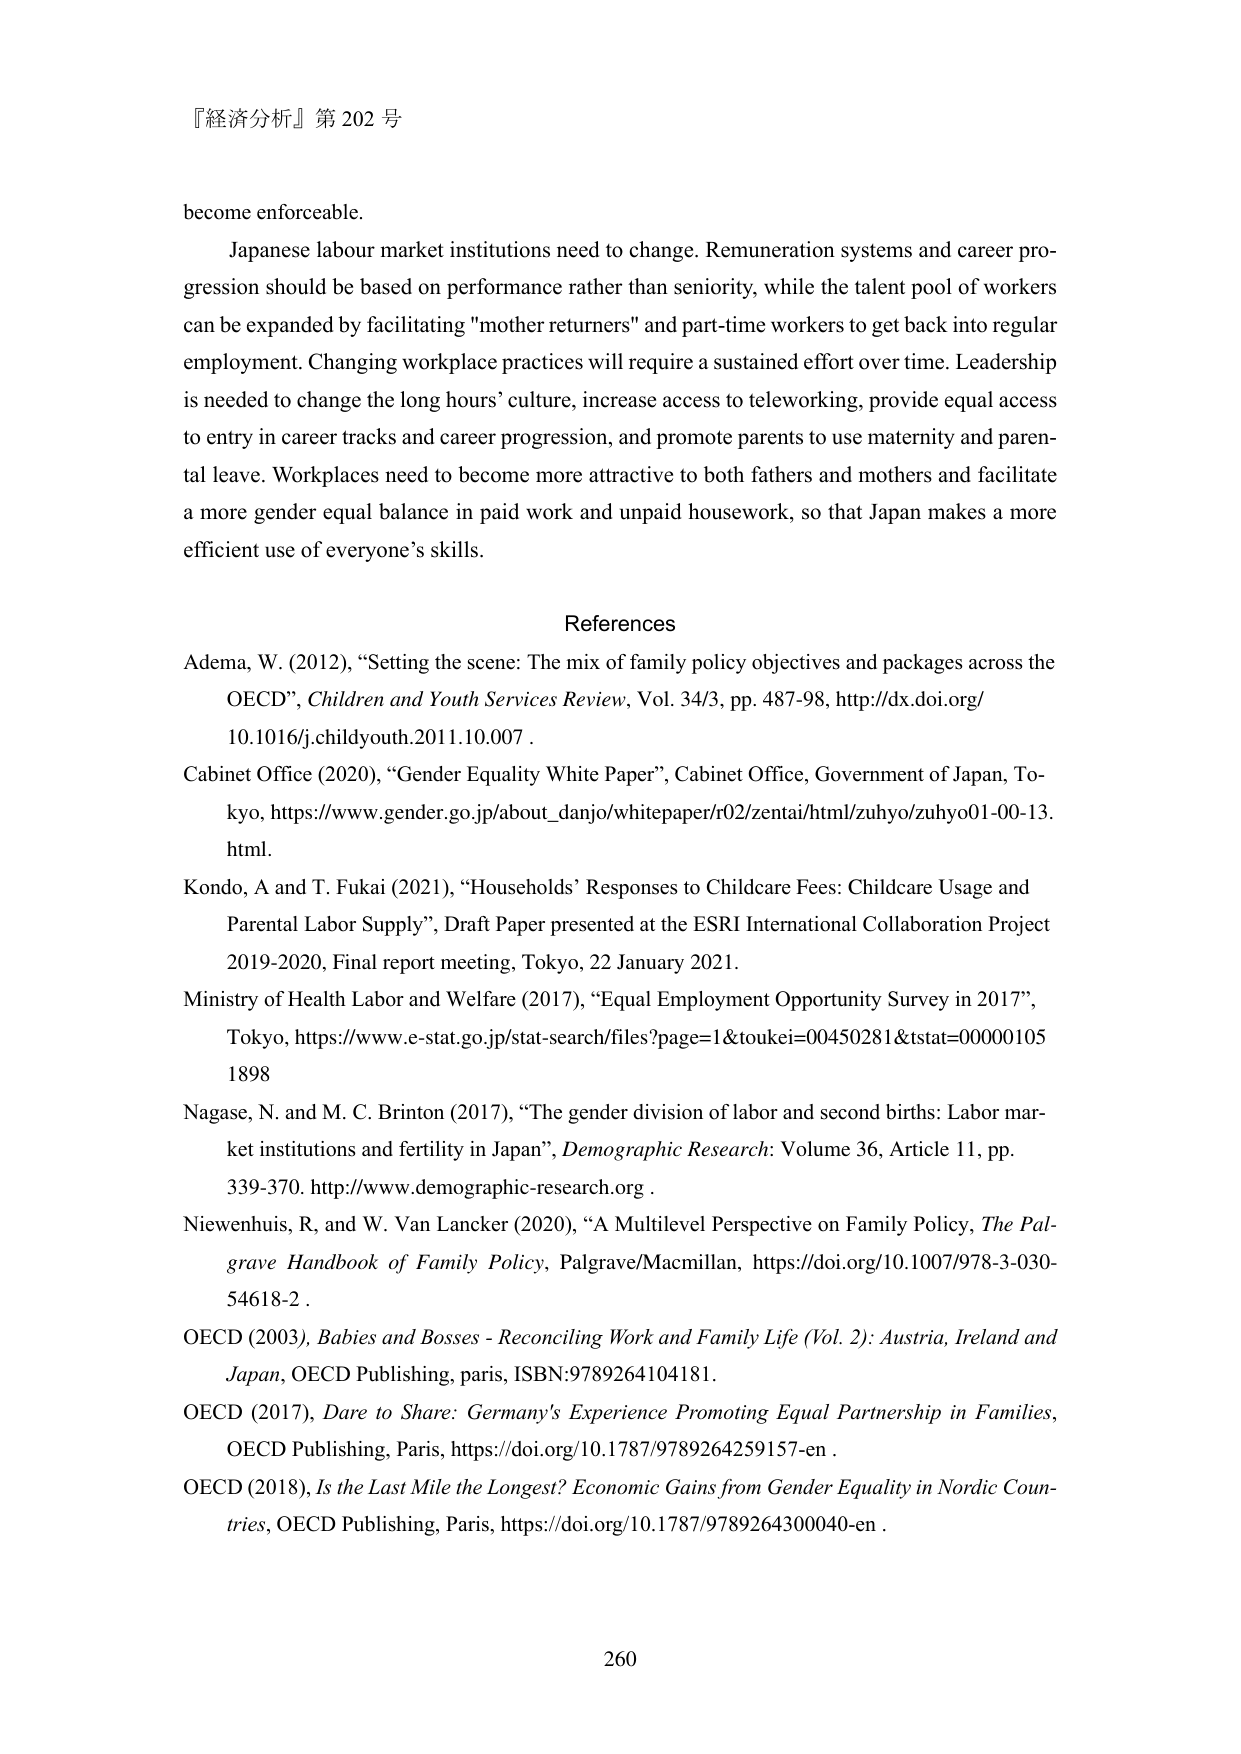
『経済分析』第 202 号

become enforceable.

Japanese labour market institutions need to change. Remuneration systems and career progression should be based on performance rather than seniority, while the talent pool of workers can be expanded by facilitating "mother returners" and part-time workers to get back into regular employment. Changing workplace practices will require a sustained effort over time. Leadership is needed to change the long hours’ culture, increase access to teleworking, provide equal access to entry in career tracks and career progression, and promote parents to use maternity and parental leave. Workplaces need to become more attractive to both fathers and mothers and facilitate a more gender equal balance in paid work and unpaid housework, so that Japan makes a more efficient use of everyone’s skills.

References

Adema, W. (2012), “Setting the scene: The mix of family policy objectives and packages across the OECD”, Children and Youth Services Review, Vol. 34/3, pp. 487-98, http://dx.doi.org/10.1016/j.childyouth.2011.10.007.

Cabinet Office (2020), “Gender Equality White Paper”, Cabinet Office, Government of Japan, Tokyo, https://www.gender.go.jp/about_danjo/whitepaper/r02/zentai/html/zuhyo/zuhyo01-00-13.html.

Kondo, A and T. Fukai (2021), “Households’ Responses to Childcare Fees: Childcare Usage and Parental Labor Supply”, Draft Paper presented at the ESRI International Collaboration Project 2019-2020, Final report meeting, Tokyo, 22 January 2021.

Ministry of Health Labor and Welfare (2017), “Equal Employment Opportunity Survey in 2017”, Tokyo, https://www.e-stat.go.jp/stat-search/files?page=1&toukei=00450281&tstat=000001051898

Nagase, N. and M. C. Brinton (2017), “The gender division of labor and second births: Labor market institutions and fertility in Japan”, Demographic Research: Volume 36, Article 11, pp. 339-370. http://www.demographic-research.org.

Niewenhuis, R, and W. Van Lancker (2020), “A Multilevel Perspective on Family Policy, The Palgrave Handbook of Family Policy, Palgrave/Macmillan, https://doi.org/10.1007/978-3-030-54618-2.

OECD (2003), Babies and Bosses - Reconciling Work and Family Life (Vol. 2): Austria, Ireland and Japan, OECD Publishing, paris, ISBN:9789264104181.

OECD (2017), Dare to Share: Germany's Experience Promoting Equal Partnership in Families, OECD Publishing, Paris, https://doi.org/10.1787/9789264259157-en.

OECD (2018), Is the Last Mile the Longest? Economic Gains from Gender Equality in Nordic Countries, OECD Publishing, Paris, https://doi.org/10.1787/9789264300040-en.

260